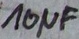
Text: 10µF